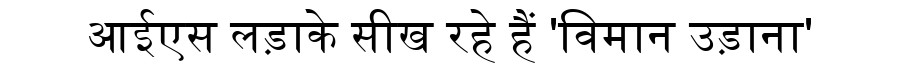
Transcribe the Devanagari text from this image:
आईएस लड़ाके सीख रहे हैं 'विमान उड़ाना'